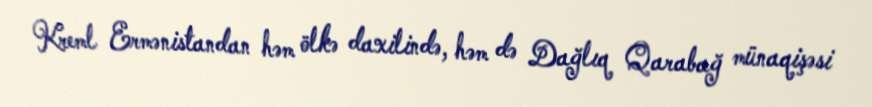
Kreml Ermənistandan həm ölkə daxilində, həm də Dağlıq Qarabağ münaqişəsi